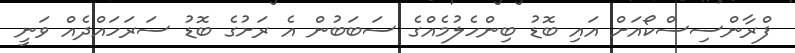
ފްރާންސިސްކޯއަށް އައި ބޮޑު ބިންހެލުމެއްގެ ސަބަބުން އެ ރަށުގެ ބޮޑު ސަރަހައްދެއް ވަނީ